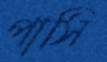
পাসি